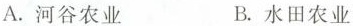
A.河谷农业 B.水田农业